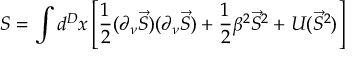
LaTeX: S = \int d ^ { D } x \left[ \frac 1 2 ( \partial _ { \nu } \vec { S } ) ( \partial _ { \nu } \vec { S } ) + \frac 1 2 \beta ^ { 2 } \vec { S } ^ { 2 } + U ( \vec { S } ^ { 2 } ) \right]